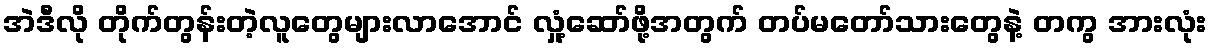
အဲဒီလို တိုက်တွန်းတဲ့လူတွေများလာအောင် လှုံ့ဆော်ဖို့အတွက် တပ်မတော်သားတွေနဲ့ တကွ အားလုံး